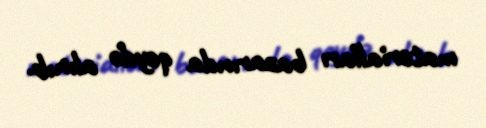
materialları bazarında qeydə alınıb.